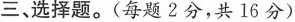
三、选择题。(每题2分，共16分)